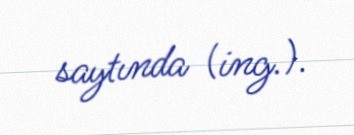
saytında (ing.).